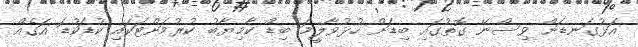
އަޅުގަނޑަށް ވިސްނޭ ގޮތުގައި ބިޑަށް ހުޅުވާލީމަ ބިޑް ކާމިޔާބު ކުރުމަށްޓަކައި ކުޑަކުޑަ އަގެއް